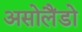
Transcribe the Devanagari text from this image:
असोलैंडो